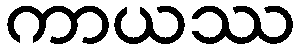
ကာယဿ